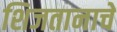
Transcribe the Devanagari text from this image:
शिजतानाचे